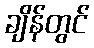
ချိန်တွင်